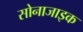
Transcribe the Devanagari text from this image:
सोनाजाइक